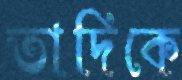
তাদিকে